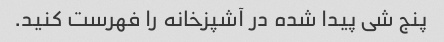
پنج شی پیدا شده در آشپزخانه را فهرست کنید.